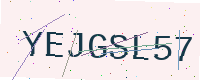
Text: YEJGSL57